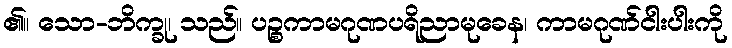
၏။ သော-ဘိက္ခု၊ သည်။ ပဉ္စကာမဂုဏပရိညာမုခေန၊ ကာမဂုဏ်ငါးပါးကို